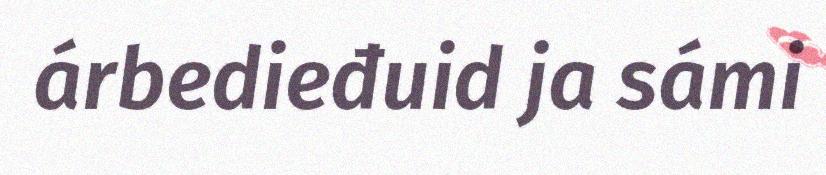
árbedieđuid ja sámi